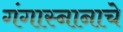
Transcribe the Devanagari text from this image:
गंगास्नानाचे